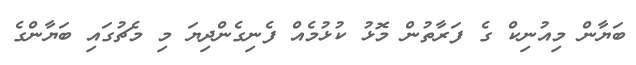
ބަޔާން މިއުނިކް ގެ ފަރާތުން މޮޅު ކުޅުމެއް ފެނިގެންދިޔަ މި މެޗުގައި ބަޔާންގެ